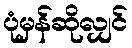
ပုံမှန်ဆိုလျှင်